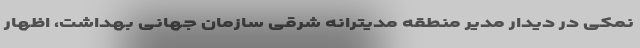
نمکی در دیدار مدیر منطقه‌ مدیترانه شرقی سازمان جهانی بهداشت، اظهار